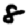
Digit: 8